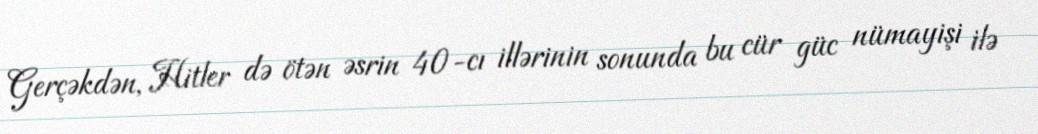
Gerçəkdən, Hitler də ötən əsrin 40-cı illərinin sonunda bu cür güc nümayişi ilə